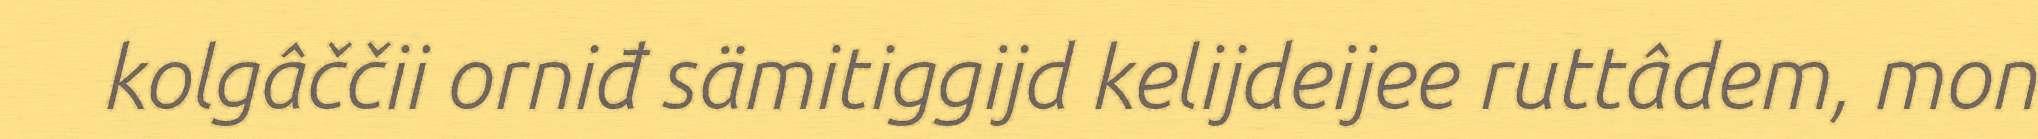
kolgâččii orniđ sämitiggijd kelijdeijee ruttâdem, mon